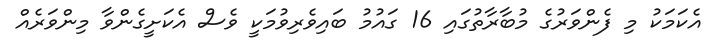
އެކަމަކު މި ފެންވަރުގެ މުބާރާތުގައި 16 ގައުމު ބައިވެރިވުމަކީ ވެސް އެކަށީގެންވާ މިންވަރެއް